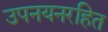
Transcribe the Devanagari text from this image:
उपनयनरहित